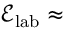
\mathcal { E } _ { \mathrm { l a b } } \approx